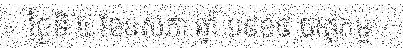
ថ្ងៃទី ៤ ខែឧសភា ឆ្នាំ ១៩១៩ បាតុកម្ម